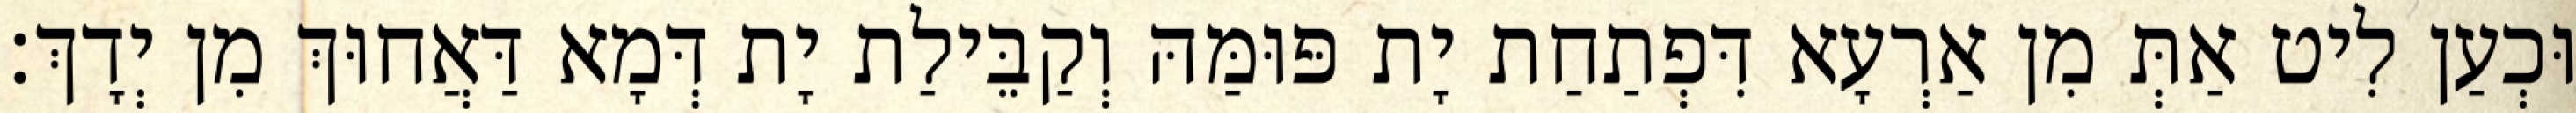
וּכְעַן לִיט אַתְּ מִן אַרְעָא דִּפְתַחַת יָת פּוּמַּהּ וְקַבֵּילַת יָת דְּמָא דַּאֲחוּךְ מִן יְדָךְ׃